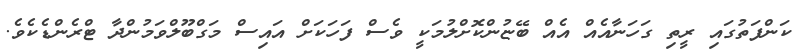
ކަންފަތުގައި ރީތި ގަހަނާއެއް އެއް ބޭޏުންކޮށްލުމަކީ ވެސް ފަހަކަށް އައިސް މަގްބޫލްވަމުންދާ ޓްރެންޑެކެވެ.